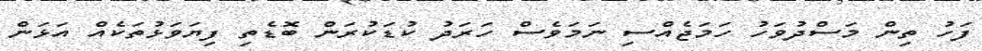
ފަހު ތިން މަސްދުވަހު ހަމަޖެއްސި ނަމަވެސް ހަރަދު ކުޑަކުރަން ބޮޑެތި ފިޔަވަޅުތަކެއް އަޅަން